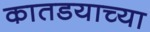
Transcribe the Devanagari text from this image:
कातडयाच्या